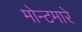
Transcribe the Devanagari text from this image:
मोन्टमारे